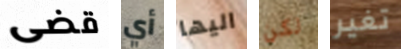
قضى أي اليها لكن تغير